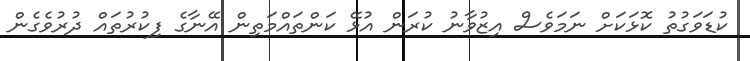
ކުޑަވަގުތު ކޮޅަކަށް ނަމަވެސް އިޒުވާނު ކުރަން އުޅޭ ކަންތައްމަތިން އޭނާގެ ފިކުރުތައް ދުރުވެގެން